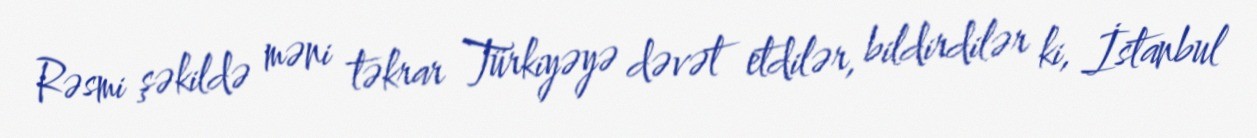
Rəsmi şəkildə məni təkrar Türkiyəyə dəvət etdilər, bildirdilər ki, İstanbul